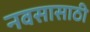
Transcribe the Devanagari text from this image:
नवसासाठी